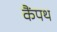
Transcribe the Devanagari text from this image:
कैंपथ